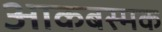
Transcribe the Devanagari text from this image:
आकबस्मक